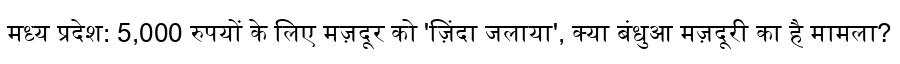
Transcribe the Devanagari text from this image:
मध्य प्रदेश: 5,000 रुपयों के लिए मज़दूर को 'ज़िंदा जलाया', क्या बंधुआ मज़दूरी का है मामला?